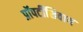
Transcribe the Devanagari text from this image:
प्रॉपर्टीशिवाय